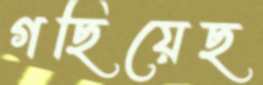
গছিয়েছ